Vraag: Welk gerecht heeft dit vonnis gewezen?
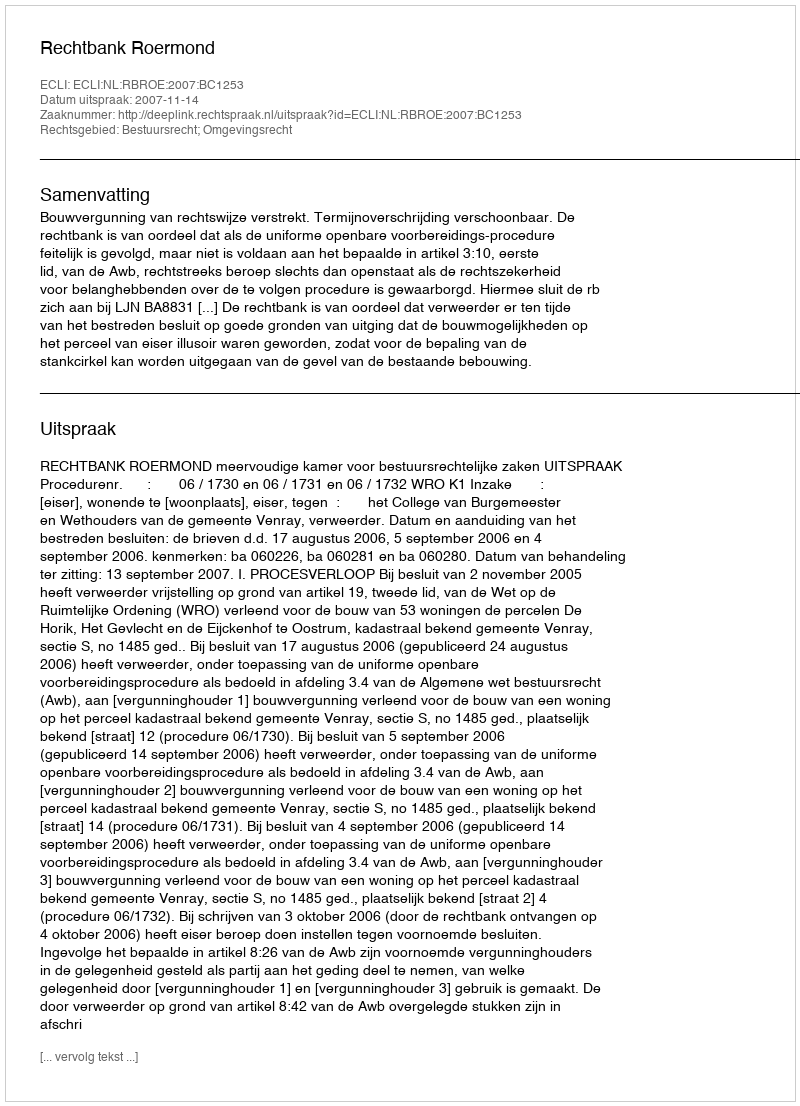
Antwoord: Rechtbank Roermond